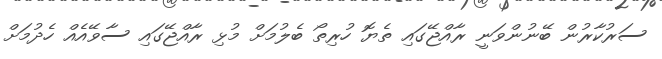
ސަރުކާރުން ބޭނުންވަނީ ރާއްޖޭގައި ތެޔޮ ހުރިތޯ ބެލުމަށް މުޅި ރާއްޖޭގައި ސާވޭއެއް ހެދުމަށް